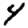
Digit: 4